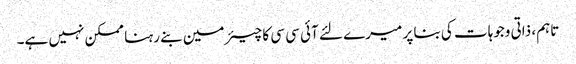
تاہم، ذاتی وجوہات کی بنا پر میرے لئے آئی سی سی کا چیئرمین بنے رہنا ممکن نہیں ہے۔